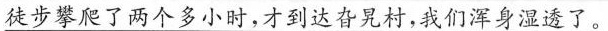
徒步攀爬了两个多小时，才到达旮旯村，我们浑身湿透了。